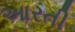
આરતી